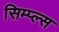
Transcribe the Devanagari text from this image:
सिम्प्ल्स